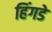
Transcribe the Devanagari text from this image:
हिंगडे